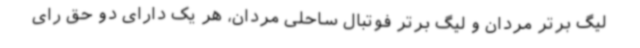
لیگ برتر مردان و لیگ برتر فوتبال ساحلی مردان، هر یک دارای دو حق رای